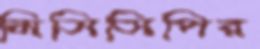
মিসিসিপির